Vaccination in the Punjab 1867-1880 - 1867-1880
Year: 1867
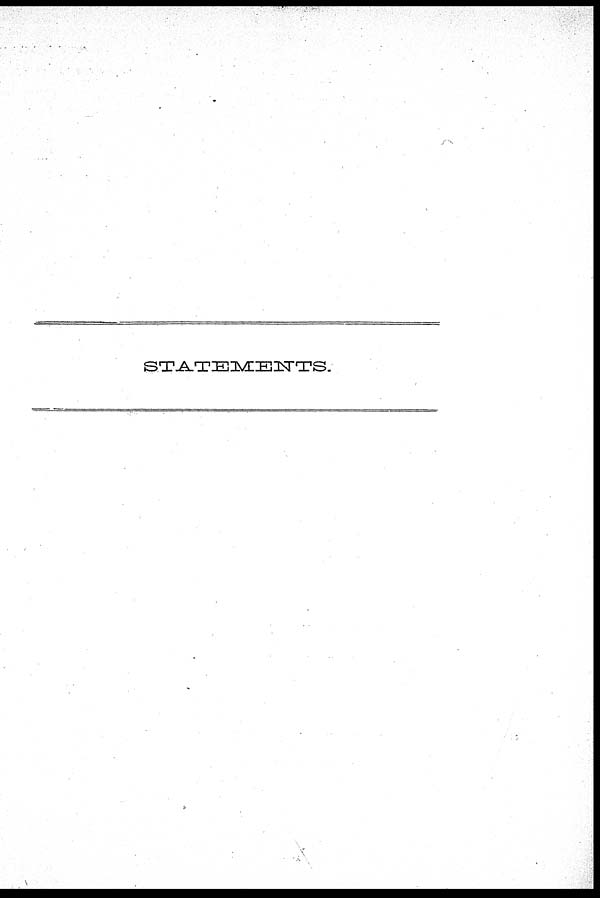
STATEMENTS.